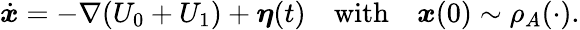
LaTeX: \dot{\boldsymbol{x}}=-\nabla(U_{0}+U_{1})+{\boldsymbol{\eta}}(t)\quad\mathrm{with}\quad{\boldsymbol{x}}(0)\sim\rho_{A}(\cdot).